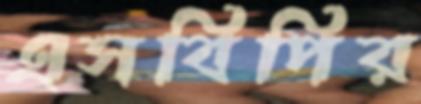
এসবিপির